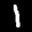
Label: 1